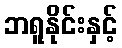
ဘရူနိုင်းနှင့်